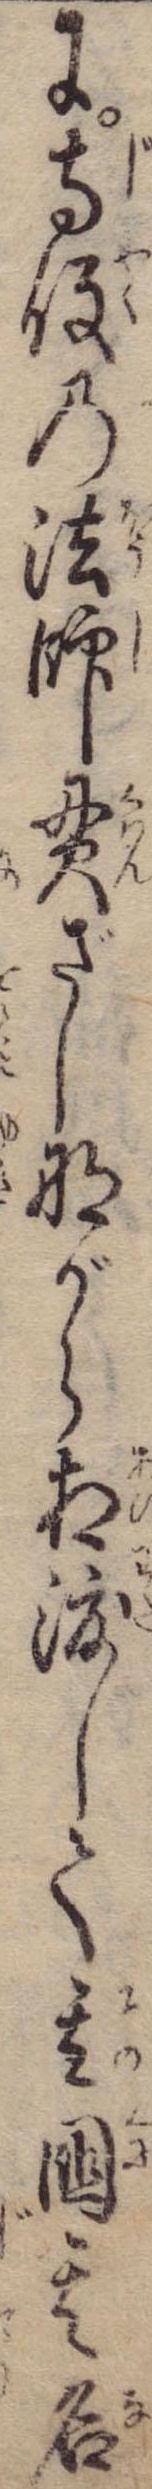
に寺役の法師貫ざしながら相渡して其国其名